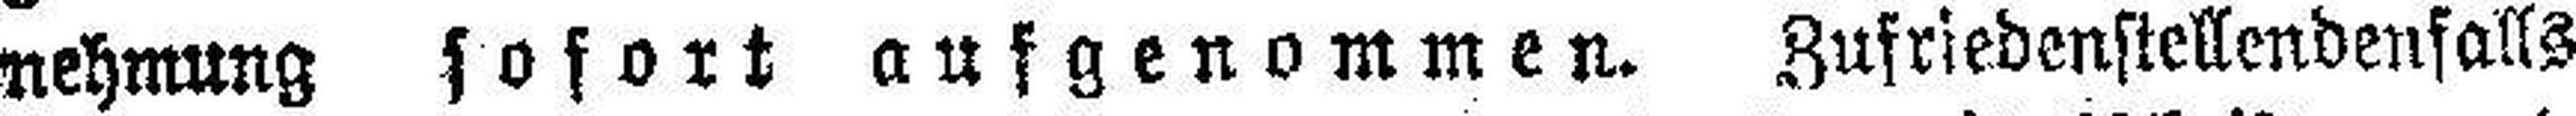
nehmung sofort ausgenommen. Zufriedenstellendenfalls